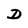
Character: D